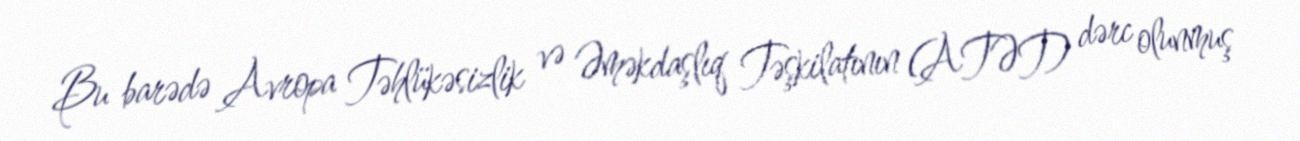
Bu barədə Avropa Təhlükəsizlik və Əməkdaşlıq Təşkilatının (ATƏT) dərc olunmuş